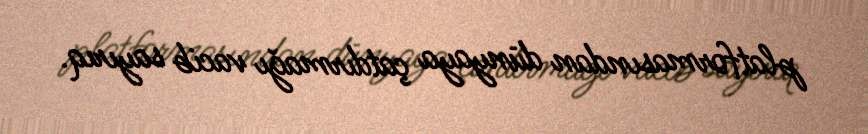
platformasından dünyaya çatdırmağı vacib sayırıq.